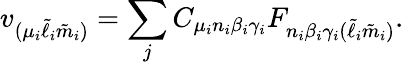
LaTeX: v_{(\mu_{i}\tilde{\ell}_{i}\tilde{m}_{i})}=\sum_{j}C_{\mu_{i}n_{i}\beta_{i}\gamma_{i}}F_{n_{i}\beta_{i}\gamma_{i}(\tilde{\ell}_{i}\tilde{m}_{i})}.